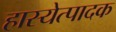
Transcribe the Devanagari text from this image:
हास्येत्पादक